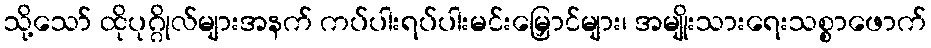
သို့သော် ထိုပုဂ္ဂိုလ်များအနက် ကပ်ပါးရပ်ပါးမင်းမြှောင်များ၊ အမျိုးသားရေးသစ္စာဖောက်